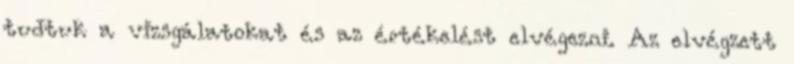
tud­tuk a vizs­gá­la­to­kat és az ér­té­ke­lést el­vé­gez­ni. Az el­vég­zett